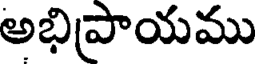
అభిప్రాయము